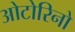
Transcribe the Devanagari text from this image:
ओटोरिनो